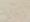
تعرفيه